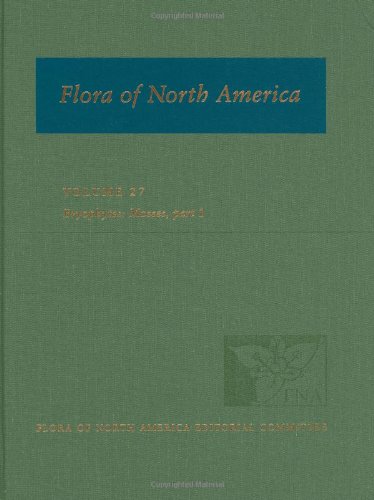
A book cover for Flora of North America: Volume 27: Bryophytes: Mosses, Part 1: North of Mexico; Science & Math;